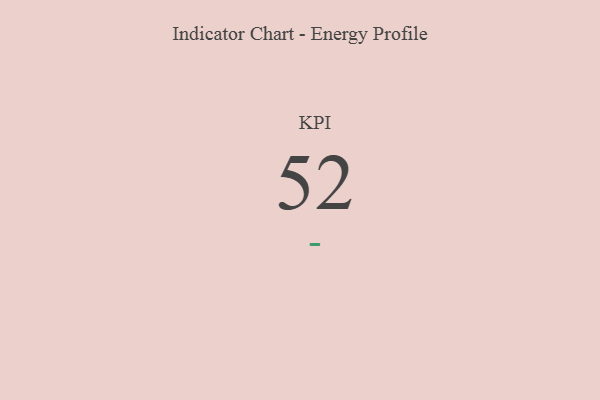
{"axis": {"x": "KPI", "y": "Value"}, "legend": [""], "data": [{"x": "KPI", "y": 52, "type": ""}]}